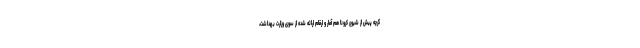
گرچه پیش از شیوع کرونا هم آمار و ارقام ارائه شده از سوی وزارت بهداشت،